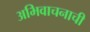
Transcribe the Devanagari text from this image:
अभिवाचनाची